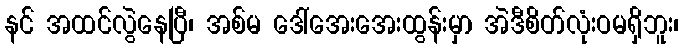
နင် အထင်လွဲနေပြီ၊ အစ်မ ဒေါ်အေးအေးထွန်းမှာ အဲဒီစိတ်လုံးဝမရှိဘူး၊